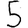
Digit: 5